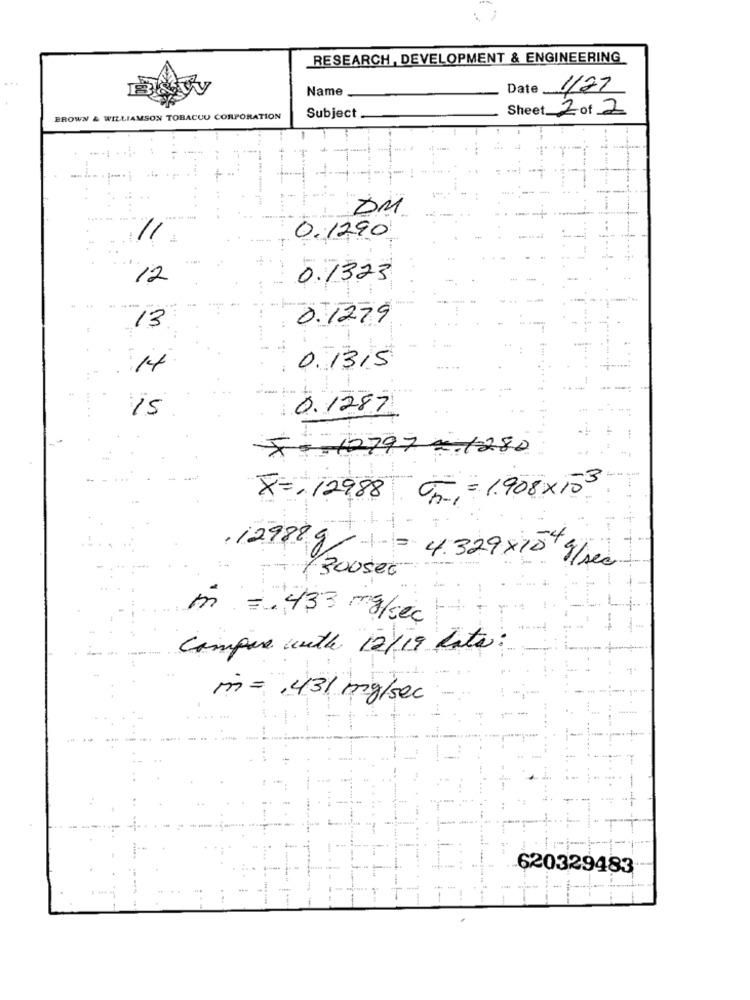
RESEARCH, DEVELOPMENT & ENGINEERING
Name
Date
1/27
Sheet 2 of 2
BROWN & WILLIAMSON TOBACCO CORPORATION
Subject
DM
11
0.1290
12
0.1323
. 1
---- 1 -
13
0.1279
0.1315
14
--
15
0.1287
$= 12797 -1280
---
X= = 12988 Op = 1.908×153
,12988 g
= 4.329x10 g/sec
300500
in = 433 mg/sec
Compare with 12/19 Rate
mn= 431 my/sec
....
620329483